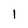
Character: 1